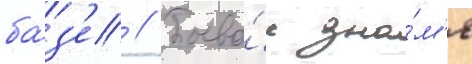
ба́з'е // Боево́е зна́м'я